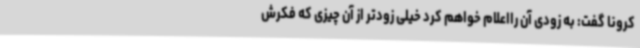
کرونا گفت: به زودی آن رااعلام خواهم کرد خیلی زودتر از آن چیزی که فکرش